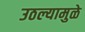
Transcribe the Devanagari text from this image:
उठल्यामुळे